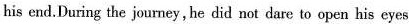
his end.During the joumey, be did not dare to open his eyes